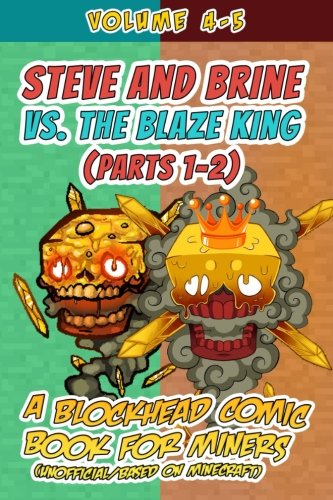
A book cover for Steve and Brine vs. the Blaze King (Parts 1-2): A Blockhead Comic Book for Miners (Unofficial/Based on Minecraft); Jamison Donovan; Humor & Entertainment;